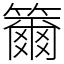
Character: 籋